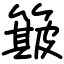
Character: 簸